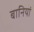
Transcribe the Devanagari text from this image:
बानियां